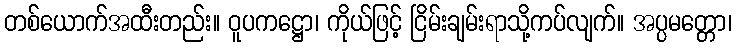
တစ်ယောက်အထီးတည်း။ ဝူပကဋ္ဌော၊ ကိုယ်ဖြင့် ငြိမ်းချမ်းရာသို့ကပ်လျက်။ အပ္ပမတ္တော၊